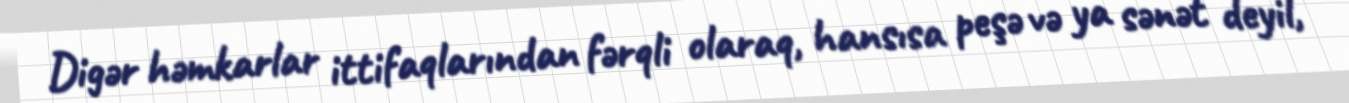
Digər həmkarlar ittifaqlarından fərqli olaraq, hansısa peşə və ya sənət deyil,